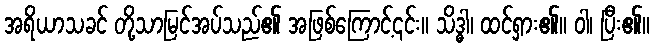
အရိယာသခင် တို့သာမြင်အပ်သည်၏ အဖြစ်ကြောင့်၎င်း။ သိဒ္ဓါ၊ ထင်ရှား၏။ ဝါ၊ ပြီး၏။